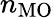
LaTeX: n_{\mathrm{MO}}